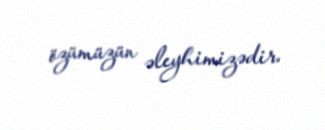
özümüzün əleyhimizədir.